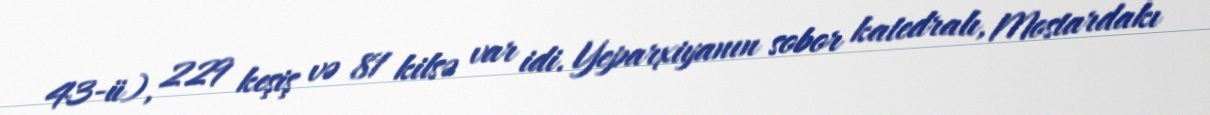
43-ü), 229 keşiş və 81 kilsə var idi. Yeparxiyanın sobor katedralı, Mostardakı